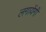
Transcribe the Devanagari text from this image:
लगायेंगी